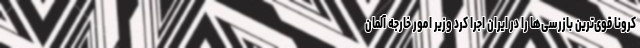
کرونا قوی‌ترین بازرسی‌ها را در ایران اجرا کرد وزیر امور خارجه آلمان